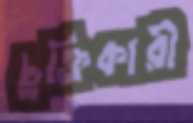
চুক্তিকারী